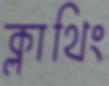
ক্লাথিং